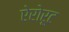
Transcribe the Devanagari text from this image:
ऐरोरूट